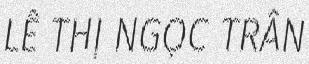
LÊ THỊ NGỌC TRÂN